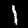
Digit: 1